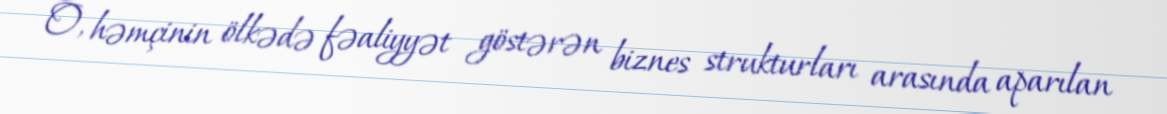
O, həmçinin ölkədə fəaliyyət göstərən biznes strukturları arasında aparılan